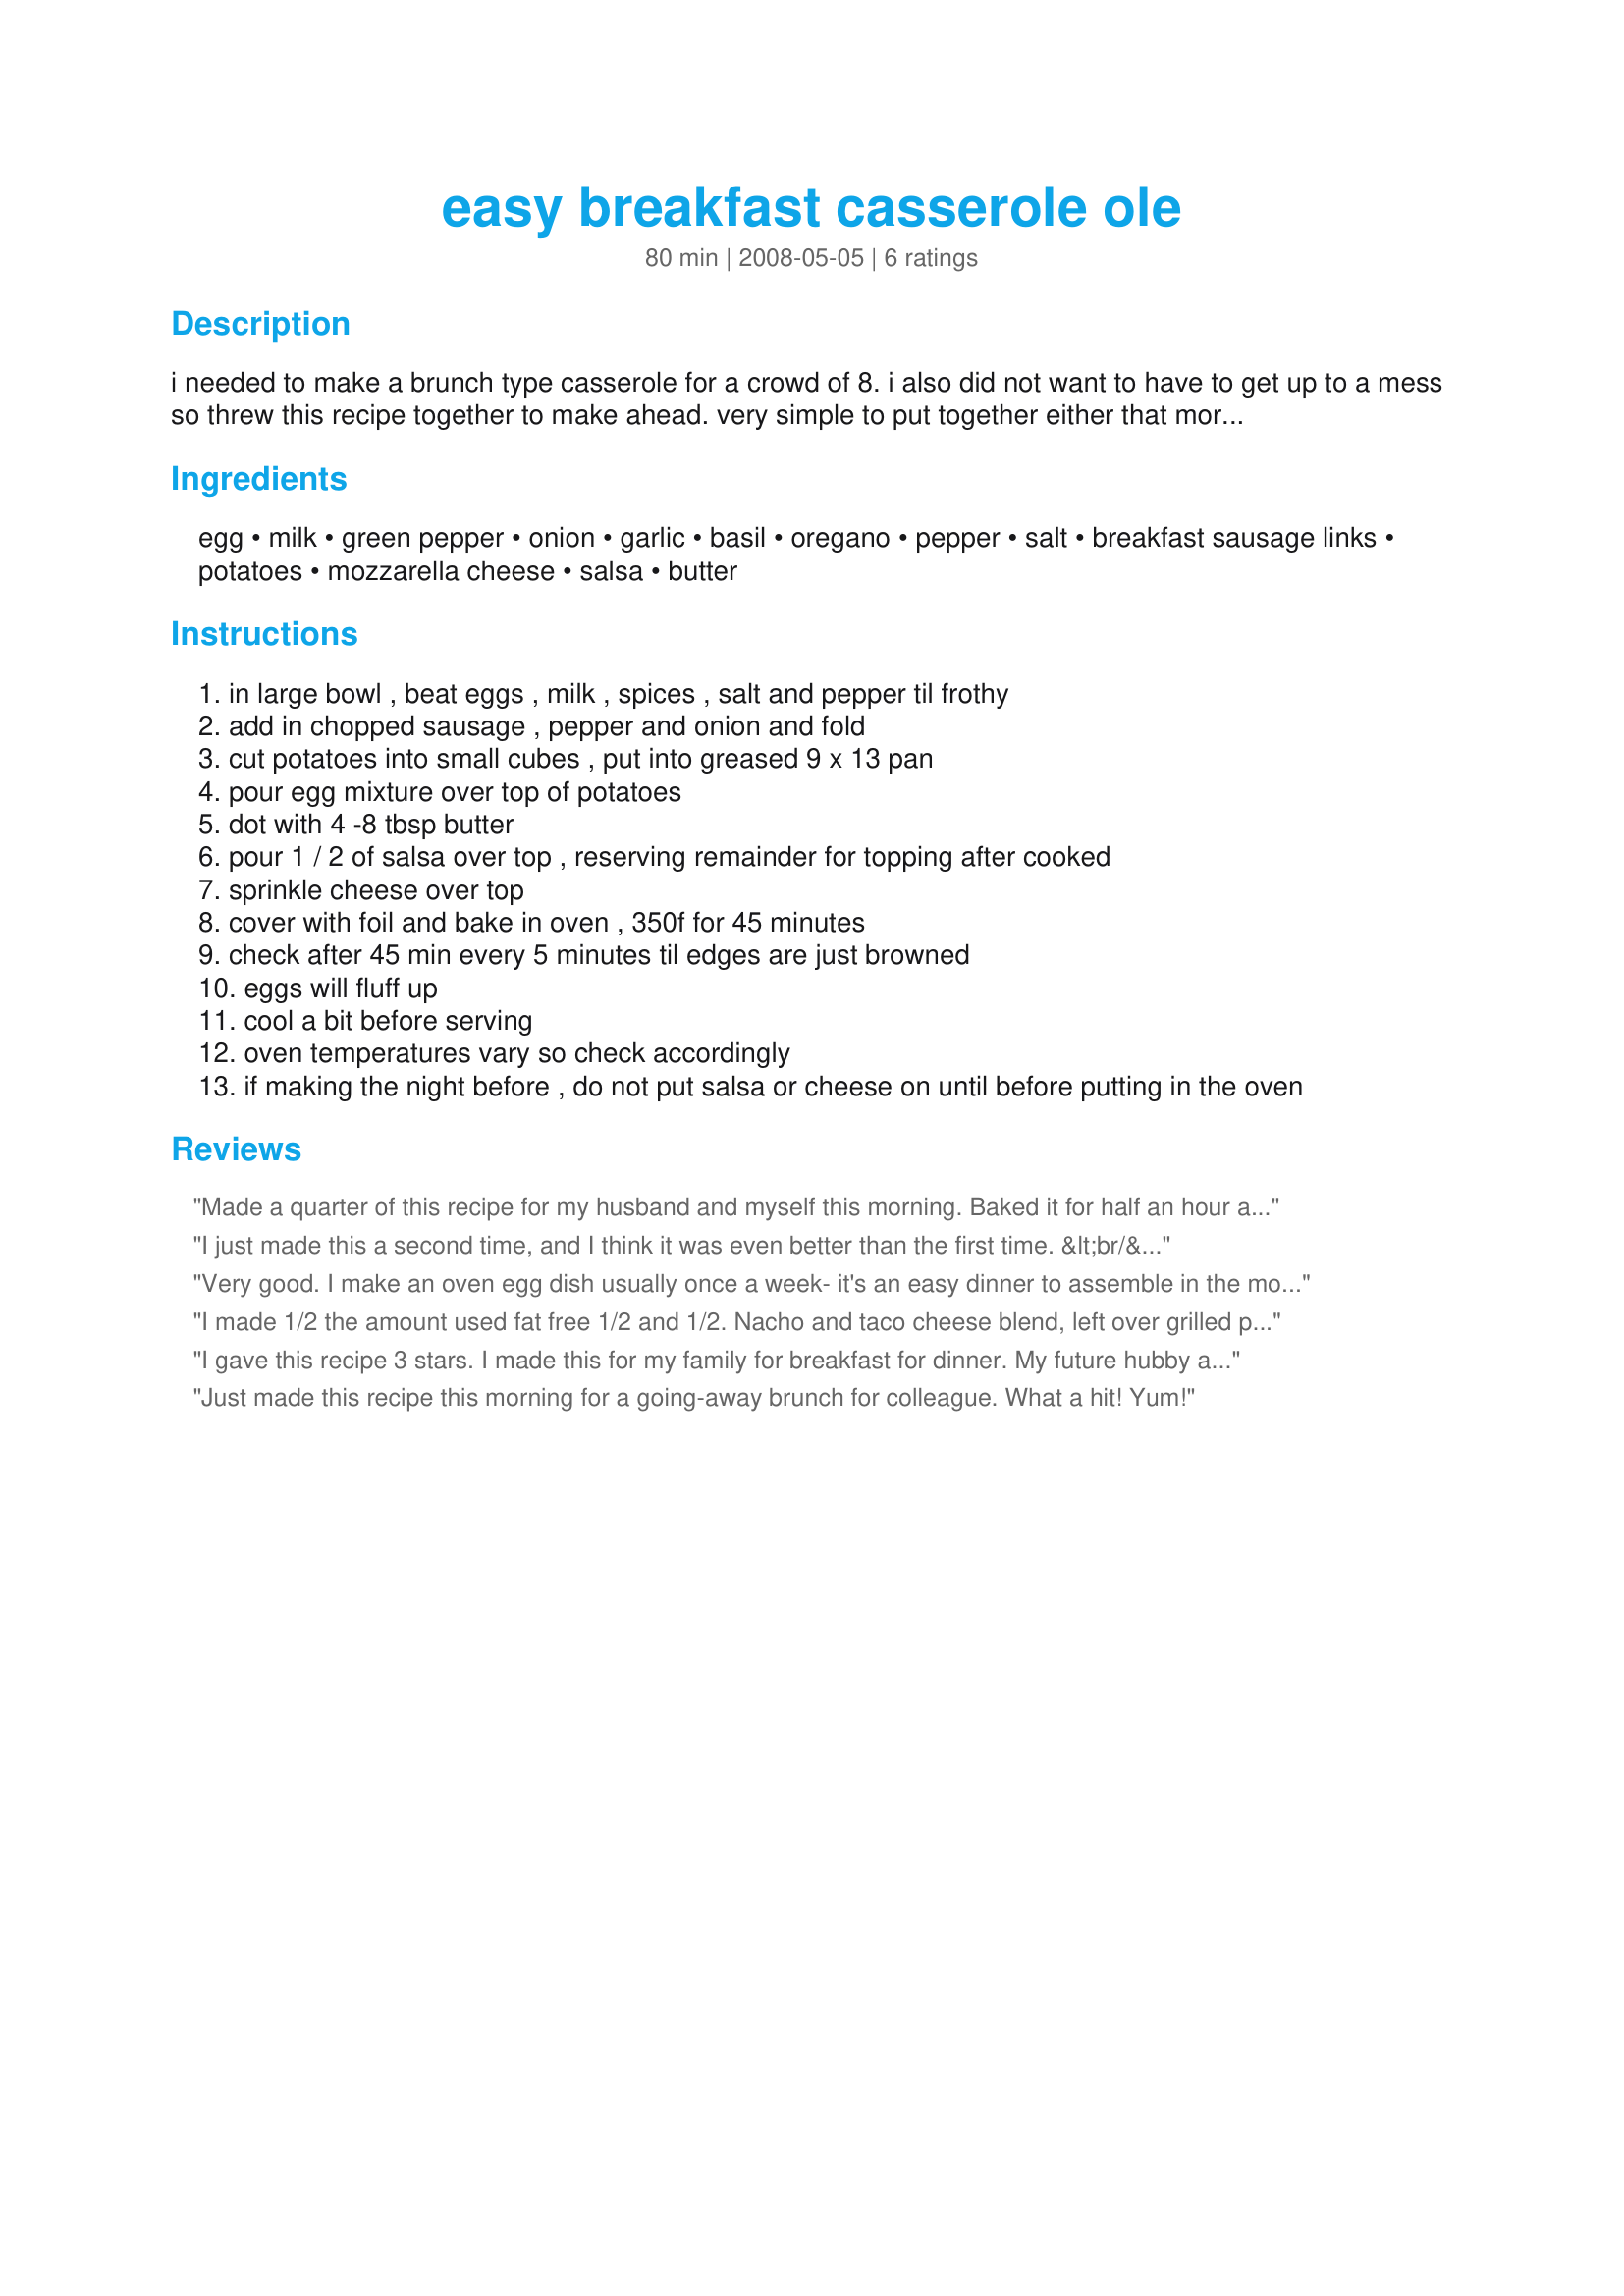
easy breakfast casserole ole
Preparation time: 80 minutes

i needed to make a brunch type casserole for a crowd of 8. i also did not want to have to get up to a mess so threw this recipe together to make ahead. very simple to put together either that morning or the night before. i have done both ways now and am glad this comes out so good.
heat is up to you for taste.

Ingredients:
egg, milk, green pepper, onion, garlic, basil, oregano, pepper, salt, breakfast sausage links, potatoes, mozzarella cheese, salsa, butter

Steps:
in large bowl , beat eggs , milk , spices , salt and pepper til frothy
add in chopped sausage , pepper and onion and fold
cut potatoes into small cubes , put into greased 9 x 13 pan
pour egg mixture over top of potatoes
dot with 4 -8 tbsp butter
pour 1 / 2 of salsa over top , reserving remainder for topping after cooked
sprinkle cheese over top
cover with foil and bake in oven , 350f for 45 minutes
check after 45 min every 5 minutes til edges are just browned
eggs will fluff up
cool a bit before serving
oven temperatures vary so check accordingly
if making the night before , do not put salsa or cheese on until before putting in the oven

Reviews:
Made a quarter of this recipe for my husband and myself this morning. Baked it for half an hour and it was wonderful. Thanks for sharing!
I just made this a second time, and I think it was even better than the first time. &lt;br/&gt;&lt;br/&gt;I was having a guest for breakfast with our family, and I halved the recipe. Even though the recipe doesn&#039;t say it, I cooked the sausage (seems a given), then I sauteed the pepper, onion, and O&#039;Brien potatoes in the sausage grease on medium heat for about 8 minutes, and added the garlic at the end. I put the pepper, onion, potato mixture on the bottom of the pan, then put the sausage over it evenly.&lt;br/&gt;&lt;br/&gt;I mixed the eggs, milk and spice in a separate bowl and put both in the fridge overnight. &lt;br/&gt;&lt;br/&gt;I quickly re-mixed the egg mixture and finished the prep (I used half the butter and it was plenty!), and put it in the oven before going running and I wasn&#039;t sure if I would be back in 45... so I baked it at 300 degrees and bumped the heat up to 350 for about 15 minutes when I got back. It was PERFECT! I forgot to cook it covered, and since it worked out so well, this is how I&#039;ll bake it in the future.&lt;br/&gt;&lt;br/&gt;Along with it I served fresh fruit and sticky buns.
Very good. I make an oven egg dish usually once a week- it's an easy dinner to assemble in the morning, and have DH pop in the oven when he gets home. This has to be one of the heartiest ones we've tried. Usually we finish the entire pan b/w the 2 of us, this, we had leftovers- and a lot at that. I modified to fit into an 8x8 dish but didn't modify anything ingredient-wise. It is super super tasty. However- I deduct a star b/c the cooking time is off. I think this could benefit from pre-cooking the potatoes partially. We baked for an hour and 15 mins and the potatoes were still not all fully cooked.
I made 1/2 the amount used fat free 1/2 and 1/2. Nacho and taco cheese blend, left over grilled potatoes, and veggies. A n ice way to start the day. Gracia.
Made for ZWT5.
I gave this recipe 3 stars. I made this for my family for breakfast for dinner. My future hubby and I really enjoyed this recipe. My 5 yr old newphew did not. I made a few minor changes to the recipe. I cut the recipe in half. I also only had 5 eggs on hand. I also cut back on the basil and increased the garlic by 1 tbl. The rest I left the same. We will have this again. Thanks for posting a good recipe. Christine (internetnut)
Just made this recipe this morning for a going-away brunch for colleague. What a hit! Yum!
